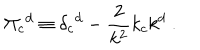
\Pi _ { c } { } ^ { d } \equiv \delta _ { c } { } ^ { d } - { \frac { 2 } { k ^ { 2 } } } k _ { c } k ^ { d } \ .